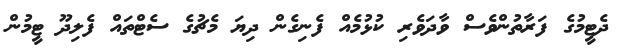
ދެޓީމުގެ ފަރާތުންވެސް ވާދަވެރި ކުޅުމެއް ފެނިގެން ދިޔަ މެޗުގެ ސެޓްތައް ފެލިދޫ ޓީމުން